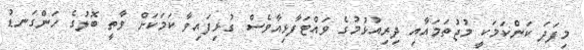
މިފަދަ ކަންކަމަކީ މުޖުތަމައާއި ދިރިއުޅުމުގެ ވައްޓަފާޅިއާވެސް ގުޅިފައިވާ ކަމަކަށް ވާތީ ބޮލުގެ ހަންގަނޑު